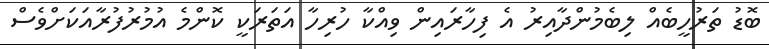
ބޮޑު ތަރުހީބެއް ލިބެމުންދާއިރު އެ ފިހާރައިން ވިއްކާ ހުރިހާ އަތަރަކީ ކޮންމެ އުމުރުފުރާއަކަށްވެސް